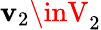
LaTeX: \mathbf{v}_{2}\inV_{2}